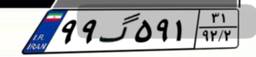
۹۳گ۴۷۰۲۸